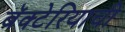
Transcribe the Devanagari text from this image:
बॅक्टेरियाची